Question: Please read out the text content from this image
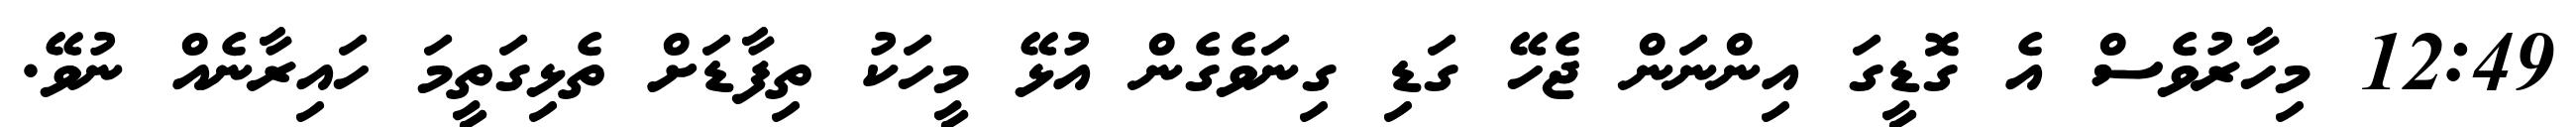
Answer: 12:49 މިހާރުވެސް އެ ގޮޑީގަ އިންނަން ޖެހޭ ގަޑި ގިނަވެގެން އުޅޭ މީހަކު ތިފާޑަށް ތެޅިގަތީމަ ހައިރާނެއް ނުވޭ.